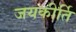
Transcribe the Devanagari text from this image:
जयकीर्ति